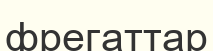
фрегаттар